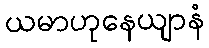
ယမာဟုနေယျာနံ